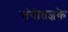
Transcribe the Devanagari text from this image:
संगीतज्ञके